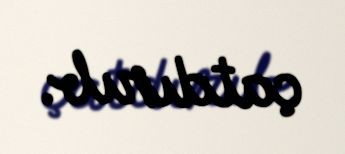
çatdırıb.